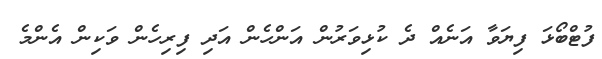
ފުޓްބޯޅަ ފިޔަވާ އަނެއް ދެ ކުޅިވަރުން އަންހެން އަދި ފިރިހެން ވަކިން އެންމެ